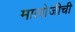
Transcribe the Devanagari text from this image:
मालोजीची